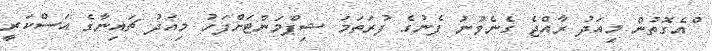
ްއެގޮތުން މިއަދު ރާއްޖެ ގެނެވުނު ފެނުގެ ފުރަތަމަ ޝިޕްމަންޓަށްފަހު މިއަދު ޗައިނާގެ އަސްކަރީ